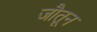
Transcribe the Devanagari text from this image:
जौतून